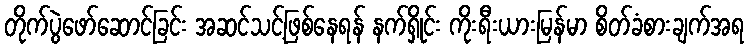
တိုက်ပွဲဖော်ဆောင်ခြင်း အဆင်သင့်ဖြစ်နေရန် နက်ရှိုင်း ကိုးရီးယားမြန်မာ စိတ်ခံစားချက်အရ